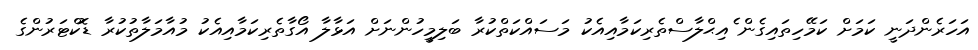
އަހަރެންދަނީ ކަމަށް ކަމޭހިތައިގެން ެއިޙްލާސްތެރިކަމާއިއެކު މަސައްކަތްކުރާ ބަލިމީހުންނަށް އަޅާލާ އޯގާތެރިކަމާއިއެކު މުއާމަލާތުކުރާ ޑޮކްޓަރުންގެ